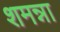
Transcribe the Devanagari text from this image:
शमन्ना